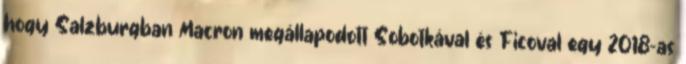
hogy Salzburgban Macron megállapodott Sobotkával és Ficoval egy 2018-as